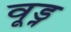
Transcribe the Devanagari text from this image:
वूड्न